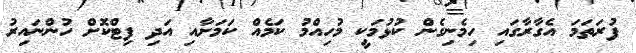
ފުރަތަމަ އެގާރާގައި ހިމެނިގެން ކުޅުމަކީ މުހިއްމު ކަމެއް ކަމަށާއި އަދި ފިޓްކޮށް ހުންނައިރު